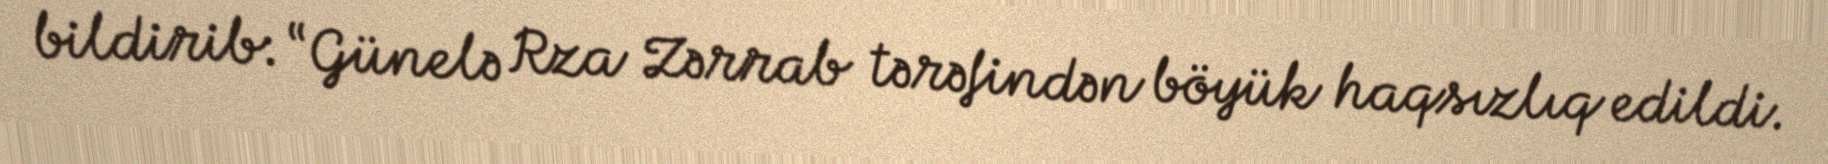
bildirib: “Günelə Rza Zərrab tərəfindən böyük haqsızlıq edildi.